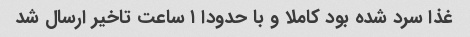
غذا سرد شده بود کاملا و با حدودا ۱ ساعت تاخیر ارسال شد